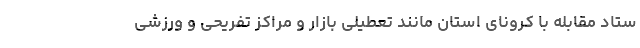
ستاد مقابله با کرونای استان مانند تعطیلی بازار و مراکز تفریحی و ورزشی